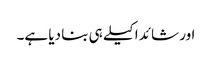
اور شائد اکیلے ہی بنا دیا ہے۔